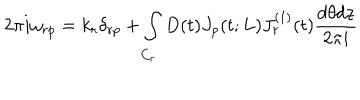
2 \pi i \omega _ { r p } = k _ { r } \delta _ { r p } + \int _ { C _ { r } } D ( t ) J _ { p } ( t ; L ) J _ { r } ^ { ( 1 ) } ( t ) \frac { d \theta d z } { 2 \pi i }